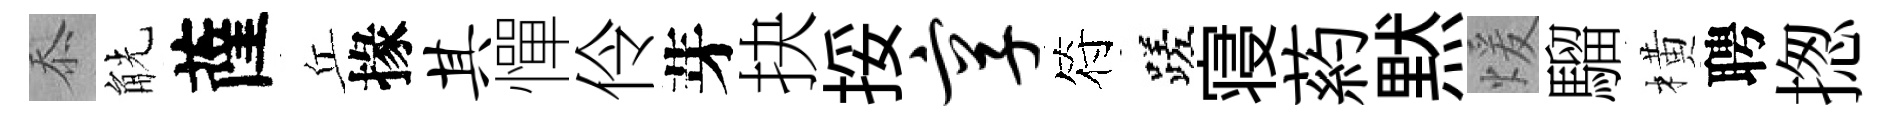
忝觥薩丘掾其憚伶芽抉挼享符蹉寝葯黙煖騮橫聘揔